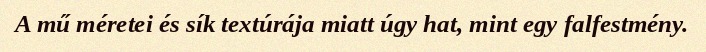
A mű méretei és sík textúrája miatt úgy hat, mint egy falfestmény.